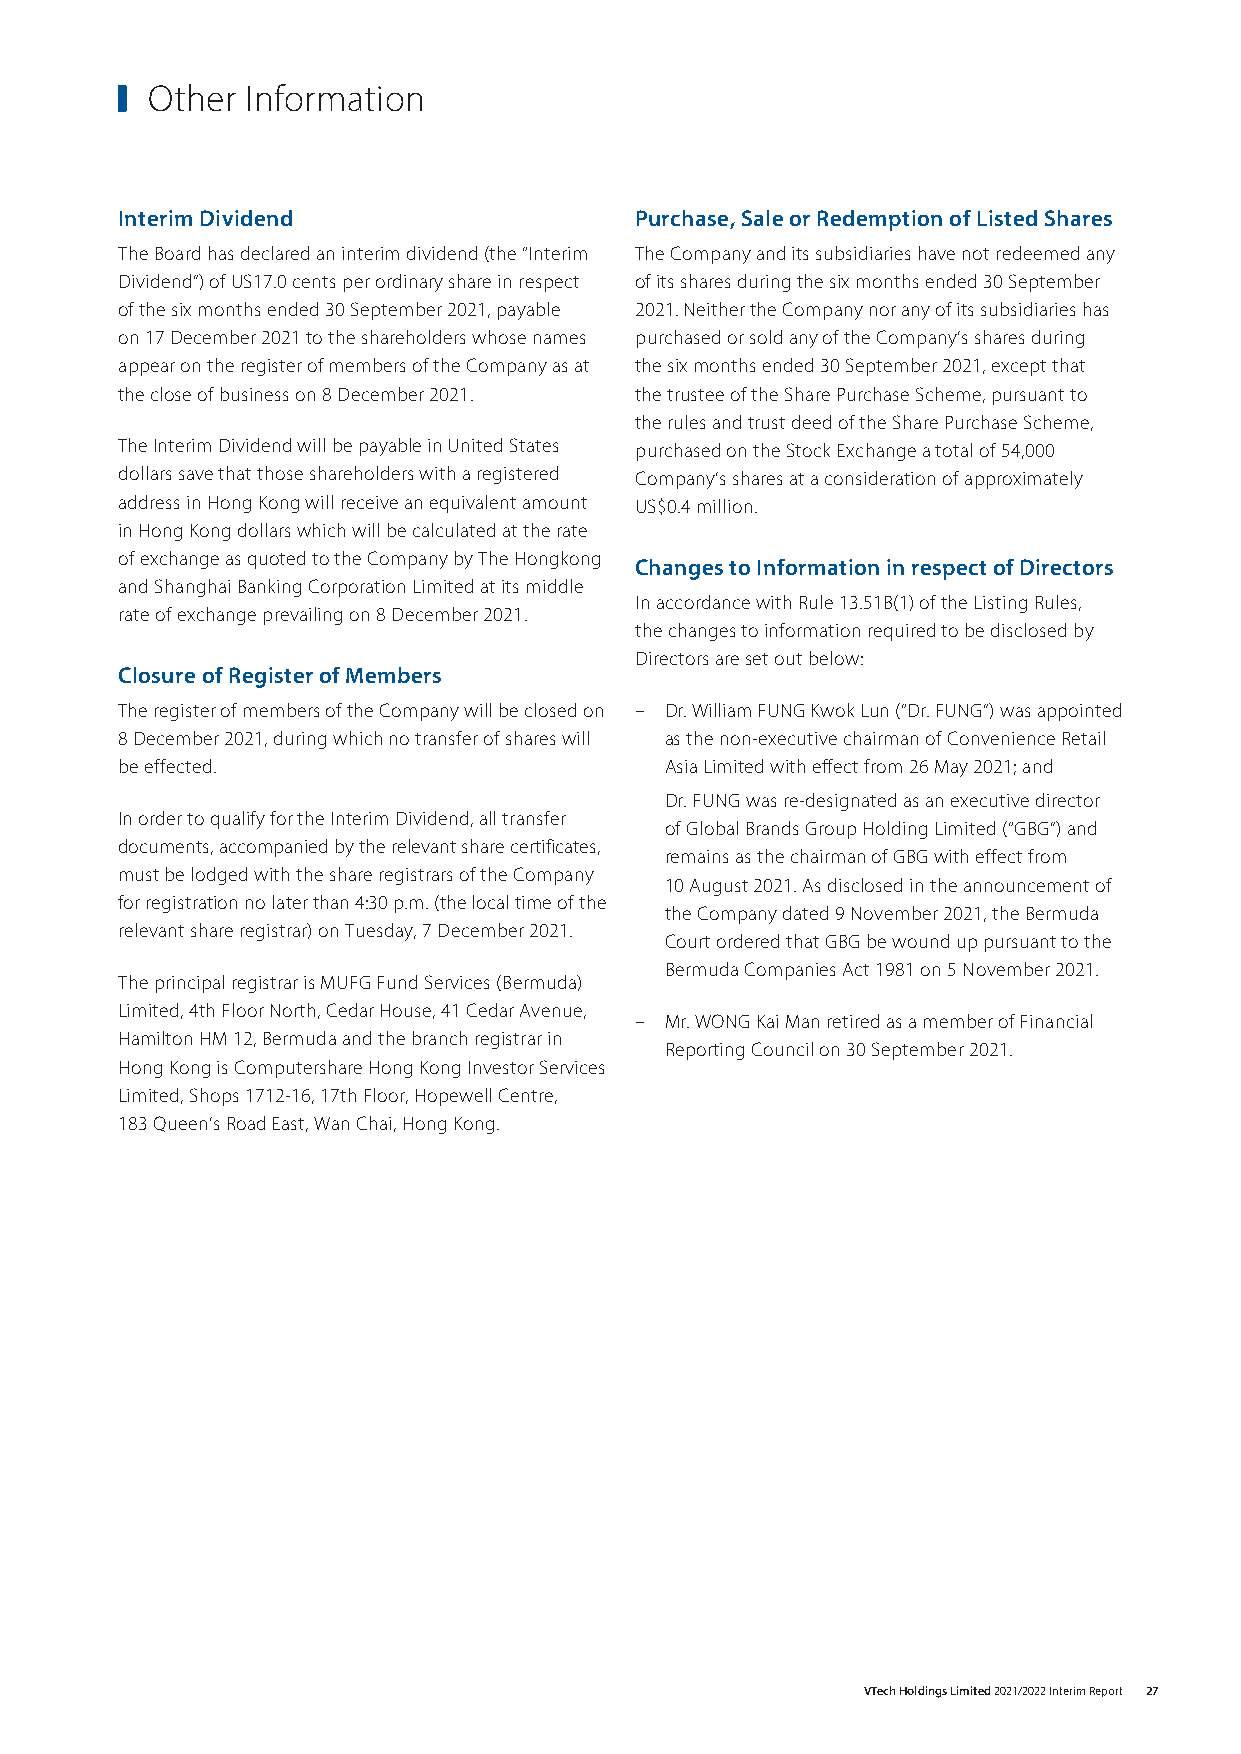
Other Information
 Interim Dividend                  Purchase, Sale or Redemption of Listed Shares
 The Board has declared an interim dividend (the “Interim The Company and its subsidiaries have not redeemed any
 Dividend”) of US17.0 cents per ordinary share in respect of its shares during the six months ended 30 September
 of the six months ended 30 September 2021, payable 2021. Neither the Company nor any of its subsidiaries has
 on 17 December 2021 to the shareholders whose names purchased or sold any of the Company’s shares during
 appear on the register of members of the Company as at the six months ended 30 September 2021, except that
 the close of business on 8 December 2021. the trustee of the Share Purchase Scheme, pursuant to
 the rules and trust deed of the Share Purchase Scheme,
 The Interim Dividend will be payable in United States purchased on the Stock Exchange a total of 54,000
 dollars save that those shareholders with a registered Company’s shares at a consideration of approximately
 address in Hong Kong will receive an equivalent amount US$0.4 million.
 in Hong Kong dollars which will be calculated at the rate
 of exchange as quoted to the Company by The Hongkong
 Changes to Information in respect of Directors
 and Shanghai Banking Corporation Limited at its middle
 In accordance with Rule 13.51B(1) of the Listing Rules,
 rate of exchange prevailing on 8 December 2021.
 the changes to information required to be disclosed by
 Directors are set out below:
 Closure of Register of Members
 The register of members of the Company will be closed on – Dr. William FUNG Kwok Lun (“Dr. FUNG”) was appointed
 8 December 2021, during which no transfer of shares will as the non-executive chairman of Convenience Retail
 be effected.                        Asia Limited with effect from 26 May 2021; and
 Dr. FUNG was re-designated as an executive director
 In order to qualify for the Interim Dividend, all transfer
 of Global Brands Group Holding Limited (“GBG”) and
 documents, accompanied by the relevant share certificates,
 remains as the chairman of GBG with effect from
 must be lodged with the share registrars of the Company
 10 August 2021. As disclosed in the announcement of
 for registration no later than 4:30 p.m. (the local time of the
 the Company dated 9 November 2021, the Bermuda
 relevant share registrar) on Tuesday, 7 December 2021.
 Court ordered that GBG be wound up pursuant to the
 Bermuda Companies Act 1981 on 5 November 2021.
 The principal registrar is MUFG Fund Services (Bermuda)
 Limited, 4th Floor North, Cedar House, 41 Cedar Avenue,
 – Mr. WONG Kai Man retired as a member of Financial
 Hamilton HM 12, Bermuda and the branch registrar in
 Reporting Council on 30 September 2021.
 Hong Kong is Computershare Hong Kong Investor Services
 Limited, Shops 1712-16, 17th Floor, Hopewell Centre,
 183 Queen’s Road East, Wan Chai, Hong Kong.
 VTech Holdings Limited 2021/2022 Interim Report 27